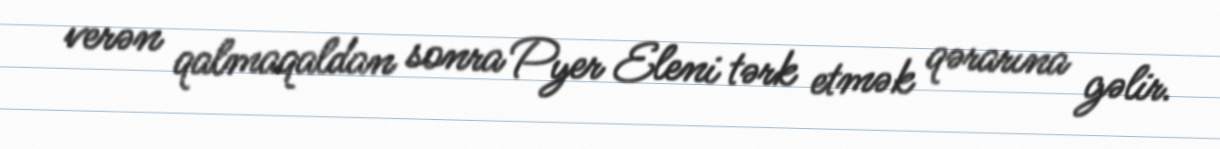
verən qalmaqaldan sonra Pyer Eleni tərk etmək qərarına gəlir.